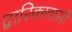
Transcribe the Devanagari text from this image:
द्वारिकावासी